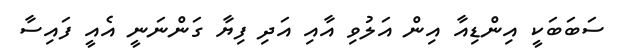
ސަބަބަކީ އިންޑިއާ އިން އަލުވި އާއި އަދި ފިޔާ ގަންނަނީ އެއީ ފައިސާ